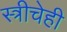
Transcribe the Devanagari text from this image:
स्त्रीचेही